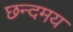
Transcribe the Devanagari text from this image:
छन्दमय